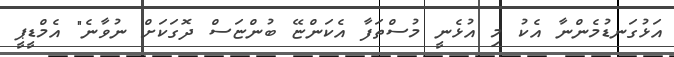
އަޅުގަނޑުމެންނާ އެކު މި އުޅެނީ މުސްތަފާ އެކަންޏޭ ބުންޏަސް ދޮގަކަށް ނުވާނެ" އެމްޑީޕީ